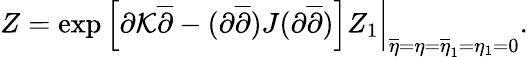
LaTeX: Z=\left.\exp\left[\partial\mathcal{K}\overline{{{{\partial}}}}-(\partial\overline{{{{\partial}}}})J(\partial\overline{{{{\partial}}}})\right]Z_{1}\right|_{\overline{{{{\eta}}}}=\eta=\overline{{{{\eta}}}}_{1}=\eta_{1}=0}.